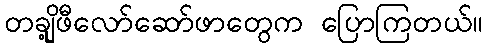
တချို့ဖီလော်ဆော်ဖာတွေက ပြောကြတယ်။